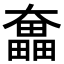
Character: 𡚗